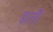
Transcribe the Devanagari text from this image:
इती